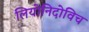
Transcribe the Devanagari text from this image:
लियोनिदोविच